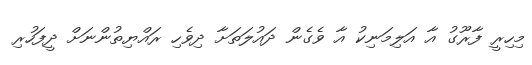
މިހިރީ ފާރޫގު އާ އަލިމަނިކު އާ ވެގެން ދައުލަތަށާ ދިވެހި ރައްޔިތުންނަށް ދީފަހުރި